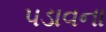
પડાવના